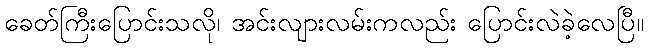
ခေတ်ကြီးပြောင်းသလို၊ အင်းလျားလမ်းကလည်း ပြောင်းလဲခဲ့လေပြီ။